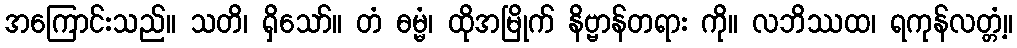
အကြောင်းသည်။ သတိ၊ ရှိသော်။ တံ ဓမ္မံ၊ ထိုအမြိုက် နိဗ္ဗာန်တရား ကို။ လဘိဿထ၊ ရကုန်လတ္တံ့။